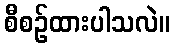
စီစဉ်ထားပါသလဲ။